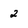
Character: 2